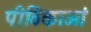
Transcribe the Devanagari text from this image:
पीठिकाओं